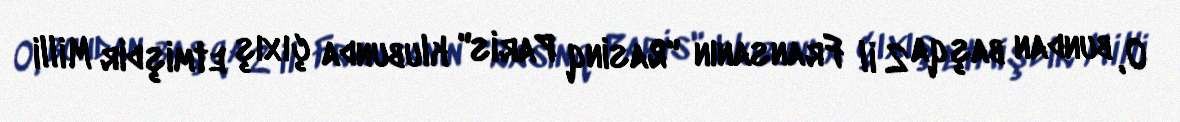
O, bundan başqa 2 il Fransanın "Rasinq Paris" klubunda çıxış etmişdir Milli